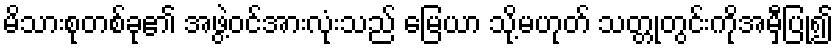
မိသားစုတစ်ခု၏ အဖွဲ့ဝင်အားလုံးသည် မြေယာ သို့မဟုတ် သတ္တုတွင်းကိုအမှီပြု၍